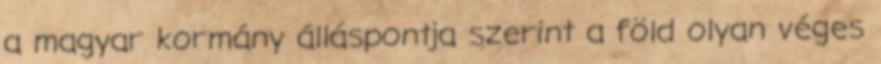
a magyar kormány álláspontja szerint a föld olyan véges